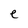
Character: e